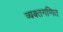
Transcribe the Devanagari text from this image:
व्यक्तगणित